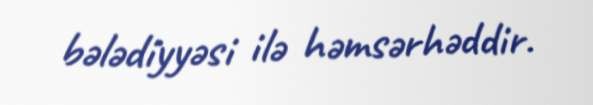
bələdiyyəsi ilə həmsərhəddir.